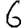
Digit: 6